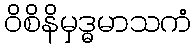
ဝိစိနိမှဒ္ဓမာသကံ